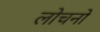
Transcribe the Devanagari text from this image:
लोचनो